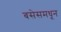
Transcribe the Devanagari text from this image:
बसेसमधून